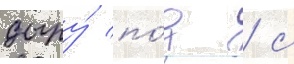
дыру́ по́д / с